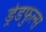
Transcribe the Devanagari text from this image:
ड्रेडफुल्स